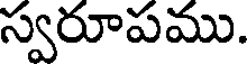
స్వరూపము.